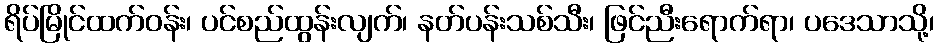
ရိပ်မြိုင်ထက်ဝန်း၊ ပင်စည်ထွန်းလျက်၊ နတ်ပန်းသစ်သီး၊ ဖြင်ညီးရောက်ရာ၊ ပဒေသာသို့၊